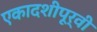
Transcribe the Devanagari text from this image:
एकादशीपूर्वी